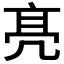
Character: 𠅙